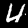
Label: 4